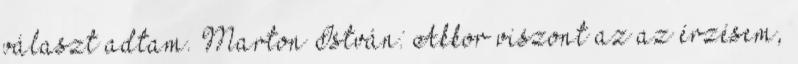
választ adtam. Marton István: Akkor viszont az az érzésem,